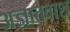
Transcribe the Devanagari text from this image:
अज्ञातवाश